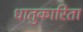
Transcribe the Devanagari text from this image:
धातुकारिता